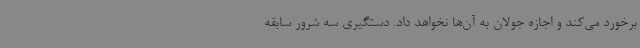
برخورد می‌کند و اجازه جولان به آن‌ها نخواهد داد. دستگیری سه شرور سابقه